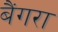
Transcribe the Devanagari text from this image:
बैंगरा